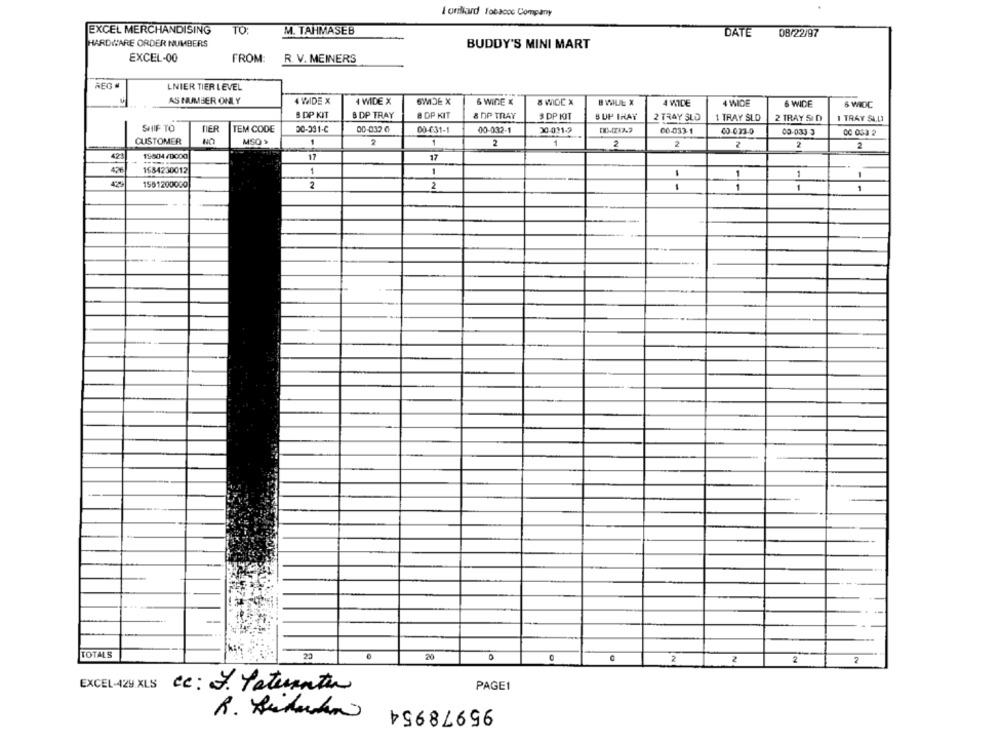
Forhard Tobaco6 Company
EXCEL MERCHANDISING
TO:
M. TAHMASEB
DATE
08/22/97
HARDWARE ORDER NUMBERS
BUDDY'S MINI MART
EXCEL-00
FROM:
R. V. MEINERS
REG .
LNIER TIER LEVEL
AS NUMBER ONLY
WIDE X
4 WIDE X
6WIDE X
6 WIDE x
8 WIDE X
B WILL X
4 WIDE
4 WIDE
6 WIDE
6 WIOC
B DP KIT
B DP TRAY
8 OP KIT
& nP TRAY
$ DP IT
BUP INAY
2 TRAY SLD
1 TRAY SLD
2 TRAY SI D
1 TRAY SLUI
SHIF TO
DER
TEM CODE
30-331-C
00-032 6
00-631-1
00-032-1
30-011-9
00-033-1
40.033-0
00-033-3
00 063 2
CUSTOMER
MSQ >
1
2
1
1
2
2
2
N
N
2
421
19804/0000
17
17
1684230012
1
-
-
1
1
1
1561200000
2
2
-
1
1
1
TOTALS
23
20
0
2
2
2
2
CC: 7. Patienten
PAGE1
EXCEL4
95978954